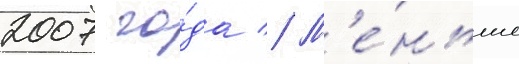
2007 го́да // М'е́ньше